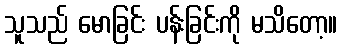
သူသည် မောခြင်း ပန်းခြင်းကို မသိတော့။